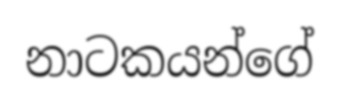
නාටකයන්ගේ